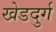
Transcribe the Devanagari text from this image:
खेडदुर्ग